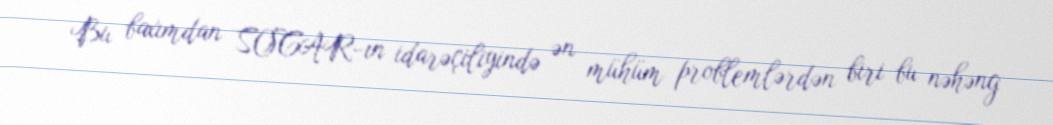
Bu baxımdan SOCAR-ın idarəçiliyində ən mühüm problemlərdən biri bu nəhəng